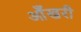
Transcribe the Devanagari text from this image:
आँखरी